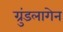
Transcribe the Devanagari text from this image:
ग्रुंडलागेन